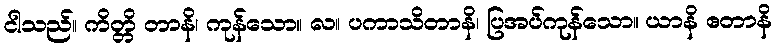
ငါသည်။ ကိတ္တိ တာနိ၊ ကုန်သော။ လ။ ပကာသိတာနိ၊ ပြအပ်ကုန်သော။ ယာနိ ဧတာနိ